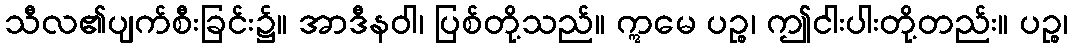
သီလ၏ပျက်စီးခြင်း၌။ အာဒီနဝါ၊ ပြစ်တို့သည်။ ဣမေ ပဉ္စ၊ ဤငါးပါးတို့တည်း။ ပဉ္စ၊